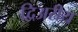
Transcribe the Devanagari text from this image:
द्विअरीय